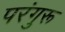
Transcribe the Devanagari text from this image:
परंगुरू